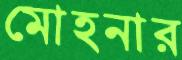
মোহনার